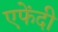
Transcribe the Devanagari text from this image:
एफेंदी